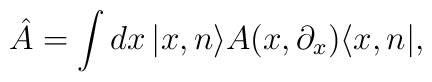
\hat{A}=\int dx\,|x,n\rangle A(x,\partial _x)\langle x,n|,